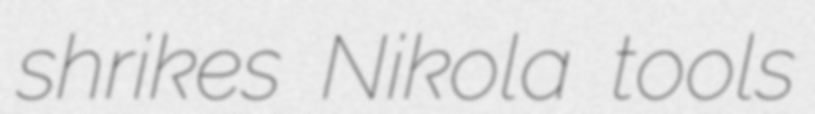
shrikes Nikola tools